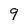
Character: 9